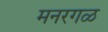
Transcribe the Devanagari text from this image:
मनरगळ